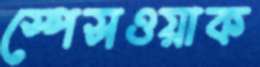
স্পেসওয়াক